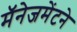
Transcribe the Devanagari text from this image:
मॅनेजमेंटने